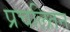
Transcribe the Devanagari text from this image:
प्रचलितन